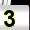
Digit: 3